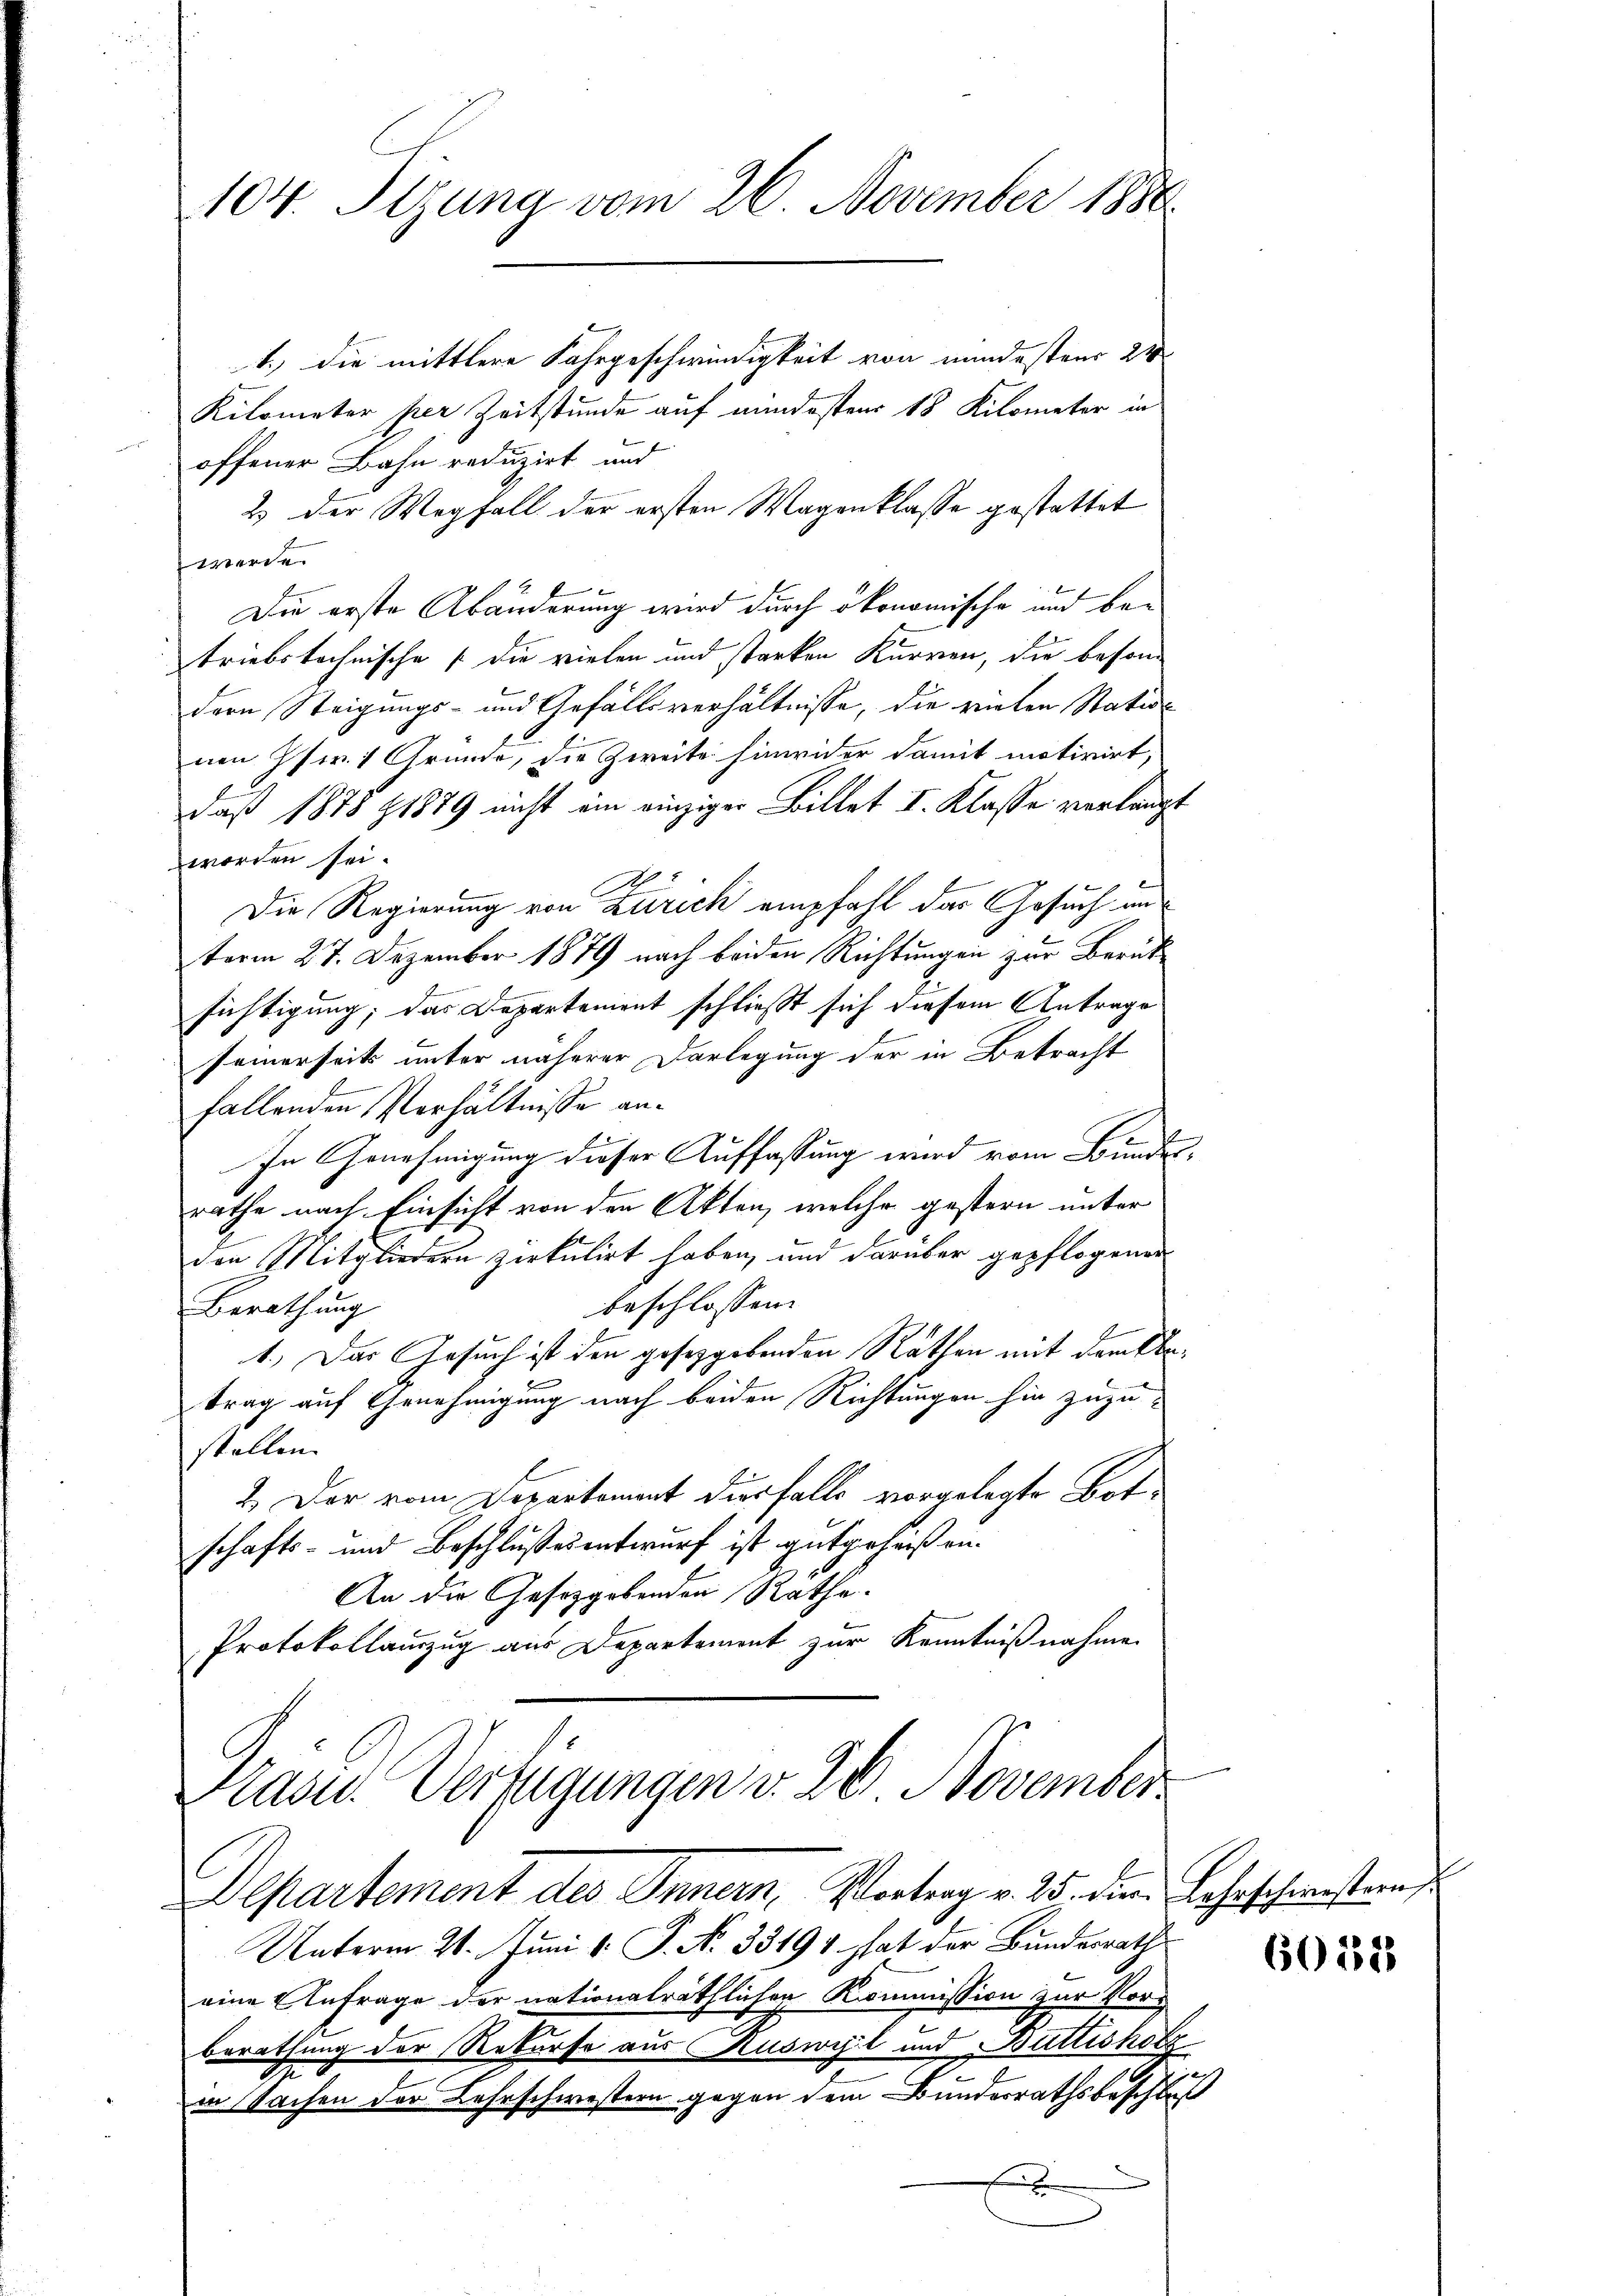
104. Sizung vom 26. November 1886.

1.) die mittlere Fahrgeschwindigkeit von mindestens 21
Kilometer per Zeitstünde auf mindestens 18 Kilometer in
offener Bahn reduzirt und
2) der Wegfall der ersten Wagenklasse gestattet
werde.
Die erste Abänderung wird durch ökonomische und betriebstechnische (die vielen und starken Kurren, die besondern Steigungs- und Gefällsverhältnisse, die reichen Stationen Isw. 1 Grunde, die Zweite hinwider damit motivirt,
daß 1878 § 1879 nicht ein einziger Billet I. Klasse verlangt
worden sei.
Die Regierung von Zürich empfahl das Gesuch un
term 27. Dezember 1879 nach beiden Richtungen zur Berühsichtigung; das Departement schließt sich diesem Antrage
seinerseits unter näherer Darlegung der in Betracht
fallenden Verhältnisse ant
In Genehmigung dieser Auffassung wird vom Bundesrathe nach Einsicht von den Akten, welche gestern unter
den Mitgliedern zirkulirt haben, und darüber gepflogener
beschlossen:
Berathung
1.) Das Gesuch ist den gesetzgebenden Rathen mit dem Klatrag auf Genehmigung nach beiden Richtungen hin zuzustellen.
4.) Der vom Departement diesfalls vorgelegte Botschafts- und Beschlußesentwurf ist gutgeheiß an¬
An die Gesetzgebenden Räthe.
Protokollamzug aus Departement zur Kenntnißnahme
Präses Verfügungen v. 20. November
Departement des Innern, Vortrag v. 25. die Lehrschweistern s
Unterm 20. Juni v. J. N. 33194 hat der Bundesrath
eine Anfrage der nationalräthlicher Kommission zur Vorberathung der Rekurse aus Ruswyl und Buttisholz
I
in Sachen der Lehrschwestern gegen dem Bundesrathsbeschluß
e

6012